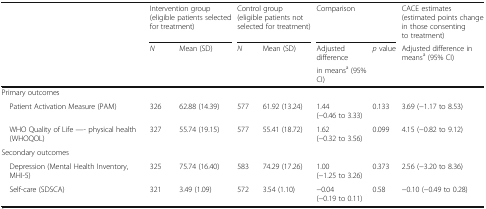
| <ROWSPAN=3>  | <COLSPAN=2> Intervention group (eligible patients selected for treatment) | <COLSPAN=2> Control group (eligible patients not selected for treatment) | <COLSPAN=2> Comparison | CACE estimates (estimated points change in those consenting to treatment) |
 | <ROWSPAN=2> N | <ROWSPAN=2> Mean (SD) | <ROWSPAN=2> N | <ROWSPAN=2> Mean (SD) | Adjusted difference | <ROWSPAN=2> p value | <ROWSPAN=2> Adjusted difference in meansa (95% CI) |
 | in meansa (95% CI) |
 | --- | --- | --- | --- | --- | --- | --- | --- |
 | <COLSPAN=8> Primary outcomes |
 | Patient Activation Measure (PAM) | 326 | 62.88 (14.39) | 577 | 61.92 (13.24) | 1.44 (−0.46 to 3.33) | 0.133 | 3.69 (−1.17 to 8.53) |
 | WHO Quality of Life —- physical health (WHOQOL) | 327 | 55.74 (19.15) | 577 | 55.41 (18.72) | 1.62 (−0.32 to 3.56) | 0.099 | 4.15 (−0.82 to 9.12) |
 | <COLSPAN=8> Secondary outcomes |
 | Depression (Mental Health Inventory, MHI-5) | 325 | 75.74 (16.40) | 583 | 74.29 (17.26) | 1.00 (−1.25 to 3.26) | 0.373 | 2.56 (−3.20 to 8.36) |
 | Self-care (SDSCA) | 321 | 3.49 (1.09) | 572 | 3.54 (1.10) | −0.04 (−0.19 to 0.11) | 0.58 | −0.10 (−0.49 to 0.28) |